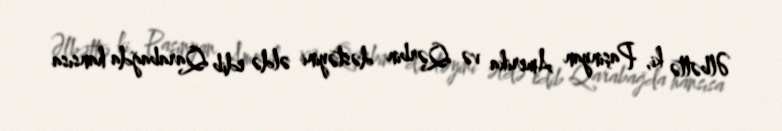
Əlbəttə ki, Paşinyan Amerika və Qərbin dəstəyini əldə edib Qarabağda hansısa